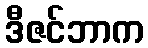
ဒီဇင်ဘာက